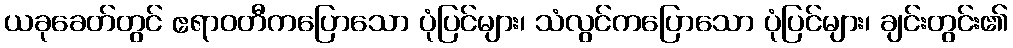
ယခုခေတ်တွင် ဧရာဝတီကပြောသော ပုံပြင်များ၊ သံလွင်ကပြောသော ပုံပြင်များ၊ ချင်းတွင်း၏